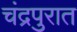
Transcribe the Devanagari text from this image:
चंद्रपुरात